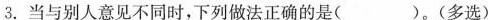
3.当与别人意见不同时，下列做法正确的是( )。(多选)